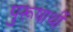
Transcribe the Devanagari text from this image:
पुरूषार्थी